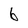
Character: 6